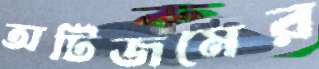
অটিজমের